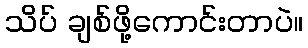
သိပ် ချစ်ဖို့ကောင်းတာပဲ။